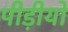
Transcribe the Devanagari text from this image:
पीड़ीयो